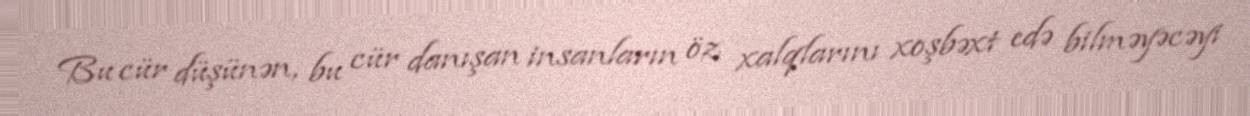
Bu cür düşünən, bu cür danışan insanların öz xalqlarını xoşbəxt edə bilməyəcəyi